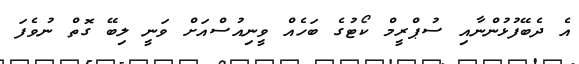
އެ ދެބޭފުޅުންނާއި ސުޕްރީމް ކޯޓުގެ ބަހެއް ވީނިއުސްއަށް ވަނީ ލިބޭ ގޮތް ނުވެފަ